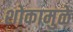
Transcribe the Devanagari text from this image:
शोकामुळे